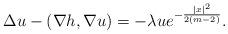
LaTeX: \begin{align*}\Delta u-( \nabla h,\nabla u)= -\lambda u e^{-\frac{|x|^2}{2(m-2)}}.\end{align*}